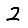
Digit: 2